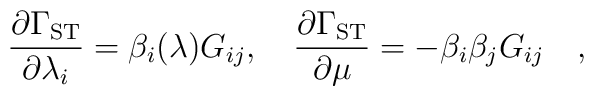
{{\partial \Gamma_{\rm ST}}\over{\partial \lambda_i}} = \beta_i(\lambda)G_{ij} , \quad{{\partial \Gamma_{\rm ST}}\over{\partial \mu}} = - \beta_i \beta_j G_{ij}  \quad ,